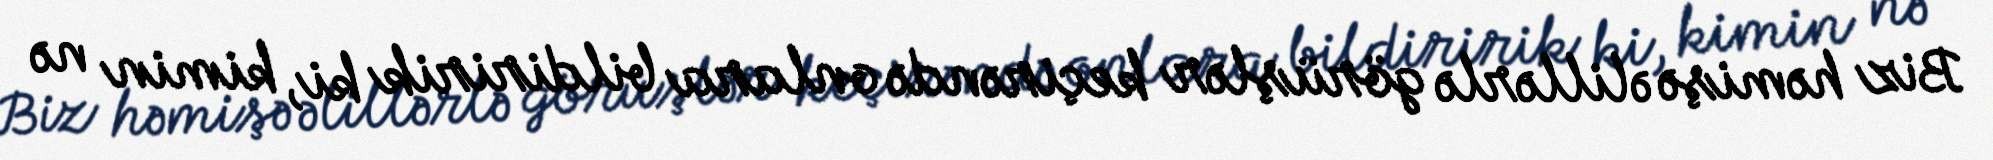
Biz həmişə əlillərlə görüşlər keçirəndə onlara bildiririk ki, kimin nə